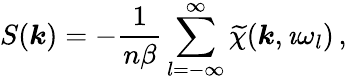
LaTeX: S(\boldsymbol{k})=-\frac{1}{{n}\beta}\displaystyle\sum_{l=-\infty}^{\infty}\widetilde{\chi}(\boldsymbol{k},\imath\omega_{l})\, ,